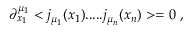
\partial _ { x _ { 1 } } ^ { \mu _ { 1 } } < j _ { \mu _ { 1 } } ( x _ { 1 } ) . . . . . j _ { \mu _ { n } } ( x _ { n } ) > = 0 \; ,